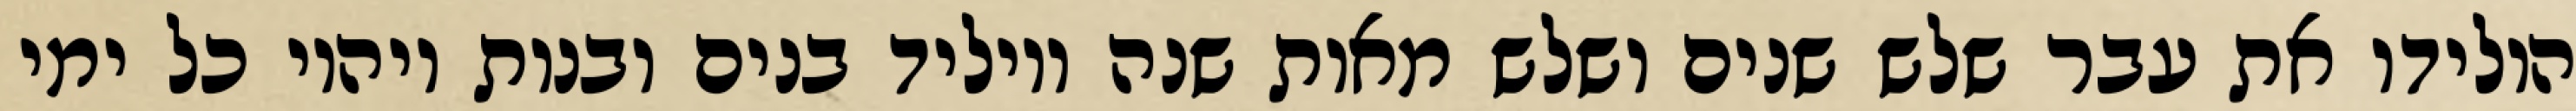
הולידו את עבר שלש שנים ושלש מאות שנה ויוליד בנים ובנות ויהיו כל ימי